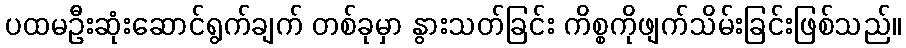
ပထမဦးဆုံးဆောင်ရွက်ချက် တစ်ခုမှာ နွားသတ်ခြင်း ကိစ္စကိုဖျက်သိမ်းခြင်းဖြစ်သည်။